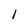
Character: 1